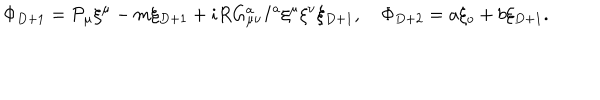
LaTeX: \Phi _ { D + 1 } = { \cal P } _ { \mu } \xi ^ { \mu } - m \xi _ { D + 1 } + i R G _ { \mu \nu } ^ { a } I ^ { a } \xi ^ { \mu } \xi ^ { \nu } \xi _ { D + 1 } , \quad \Phi _ { D + 2 } = a \xi _ { o } + b \xi _ { D + 1 } .